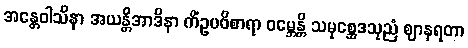
အန္တေဝါသိနာ အယန္တိအာဒိနာ ကိံဥပဝိစာရာ ဝမ္ဘေန္တိ သမုစ္ဆေဒသုညံ ဈာနရတာ